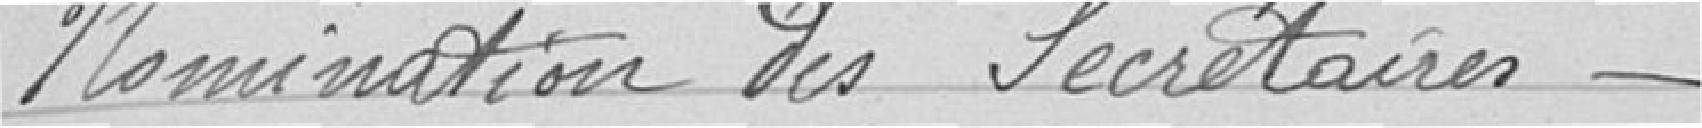
Nomination du Secrétaire----